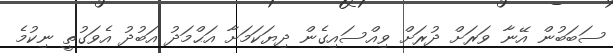
ސަބަބުން އޭނާ ވަރަށް ދުރަށް ވިއްސައިގެން ދިޔަކަމަށާ އަޙްމަދު އަބުދު އެވަގުތީ ނިކުމެ